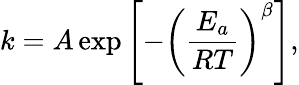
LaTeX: k=A\exp\left[-\left({\frac{E_{a}}{RT}}\right)^{\beta}\right],